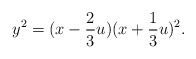
\begin{align*}y^2=(x-\frac {2}{3}u)(x+\frac {1}{3}u)^2.\end{align*}